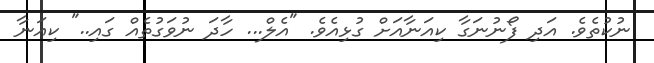
ނުކުތެވެ. އަދި ފޯނުނަގާ ކިއަނާއަށް ގުޅިއެވެ. "އެލް... ހާދަ ނުވަގުތެއް ގައި.." ކިއަނާ